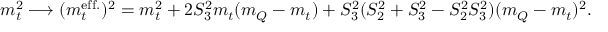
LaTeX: m _ { t } ^ { 2 } \longrightarrow ( m _ { t } ^ { \mathrm { e f f . } } ) ^ { 2 } = m _ { t } ^ { 2 } + 2 S _ { 3 } ^ { 2 } m _ { t } ( m _ { Q } - m _ { t } ) + S _ { 3 } ^ { 2 } ( S _ { 2 } ^ { 2 } + S _ { 3 } ^ { 2 } - S _ { 2 } ^ { 2 } S _ { 3 } ^ { 2 } ) ( m _ { Q } - m _ { t } ) ^ { 2 } .